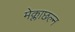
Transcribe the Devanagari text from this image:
मेक्लाछल्न